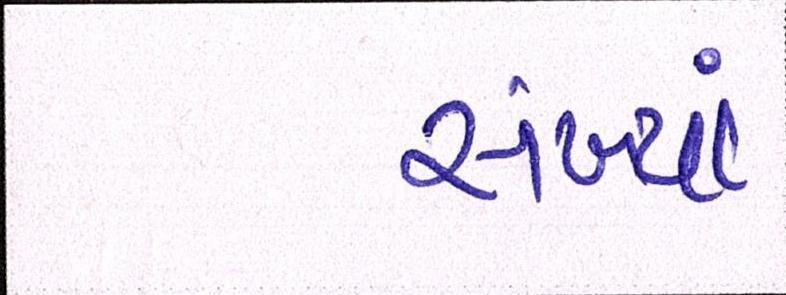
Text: સંખ્યાં